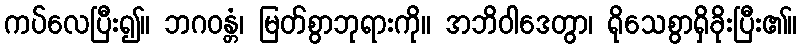
ကပ်လေပြီး၍။ ဘဂဝန္တံ၊ မြတ်စွာဘုရားကို။ အဘိဝါဒေတွာ၊ ရိုသေစွာရှိခိုးပြီး၏။